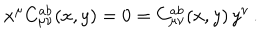
x ^ { \mu } C _ { \mu \nu } ^ { a b } ( x , y ) = 0 = C _ { \mu \nu } ^ { a b } ( x , y ) \, y ^ { \nu } \, .